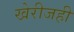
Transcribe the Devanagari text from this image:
खेरीजही